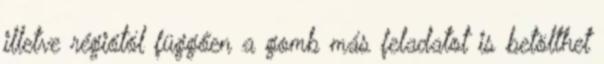
illetve régiótól függően a gomb más feladatot is betölthet